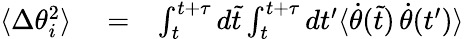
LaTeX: \begin{array}{rlr}{\langle\Delta\theta_{i}^{2}\rangle}&{{}=}&{\int_{t}^{t+\tau}d\tilde{t}\int_{t}^{t+\tau}dt^{\prime}\langle\dot{\theta}(\tilde{t})\, \dot{\theta}(t^{\prime})\rangle}\end{array}